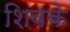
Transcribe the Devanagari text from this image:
शिवके